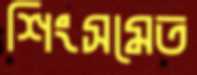
শিংসমেত